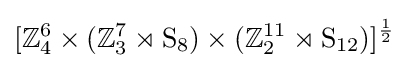
[\mathbb {Z} _{4}^{6}\times (\mathbb {Z} _{3}^{7}\rtimes \mathrm {S} _{8})\times (\mathbb {Z} _{2}^{11}\rtimes \mathrm {S} _{12})]^{\frac {1}{2}}